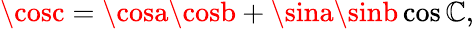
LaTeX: \cosc=\cosa\cosb+\sina\sinb\cos\mathbb{C},